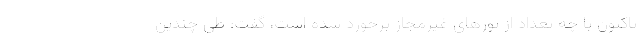
تاکنون با چه تعداد از تورهای غیرمجاز برخورد شده است، گفت: طی چندین